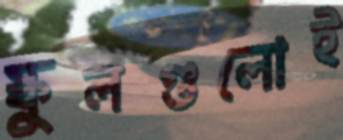
স্কুলগুলোই